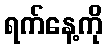
ရက်နေ့ကို